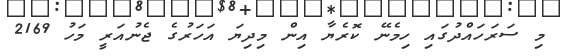
މި ސަރަހައްދުގައި ހިމެނޭ ކޮރެޔާ އިން މިދިޔަ އަހަރުގެ ޖެނުއަރީ މަހު 2169